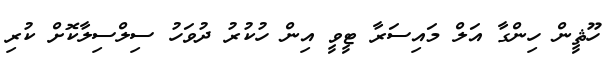
ހޫޘީން ހިންގާ އަލް މައިސަރާ ޓީވީ އިން ހުކުރު ދުވަހު ސިލްސިލާކޮށް ކުރި